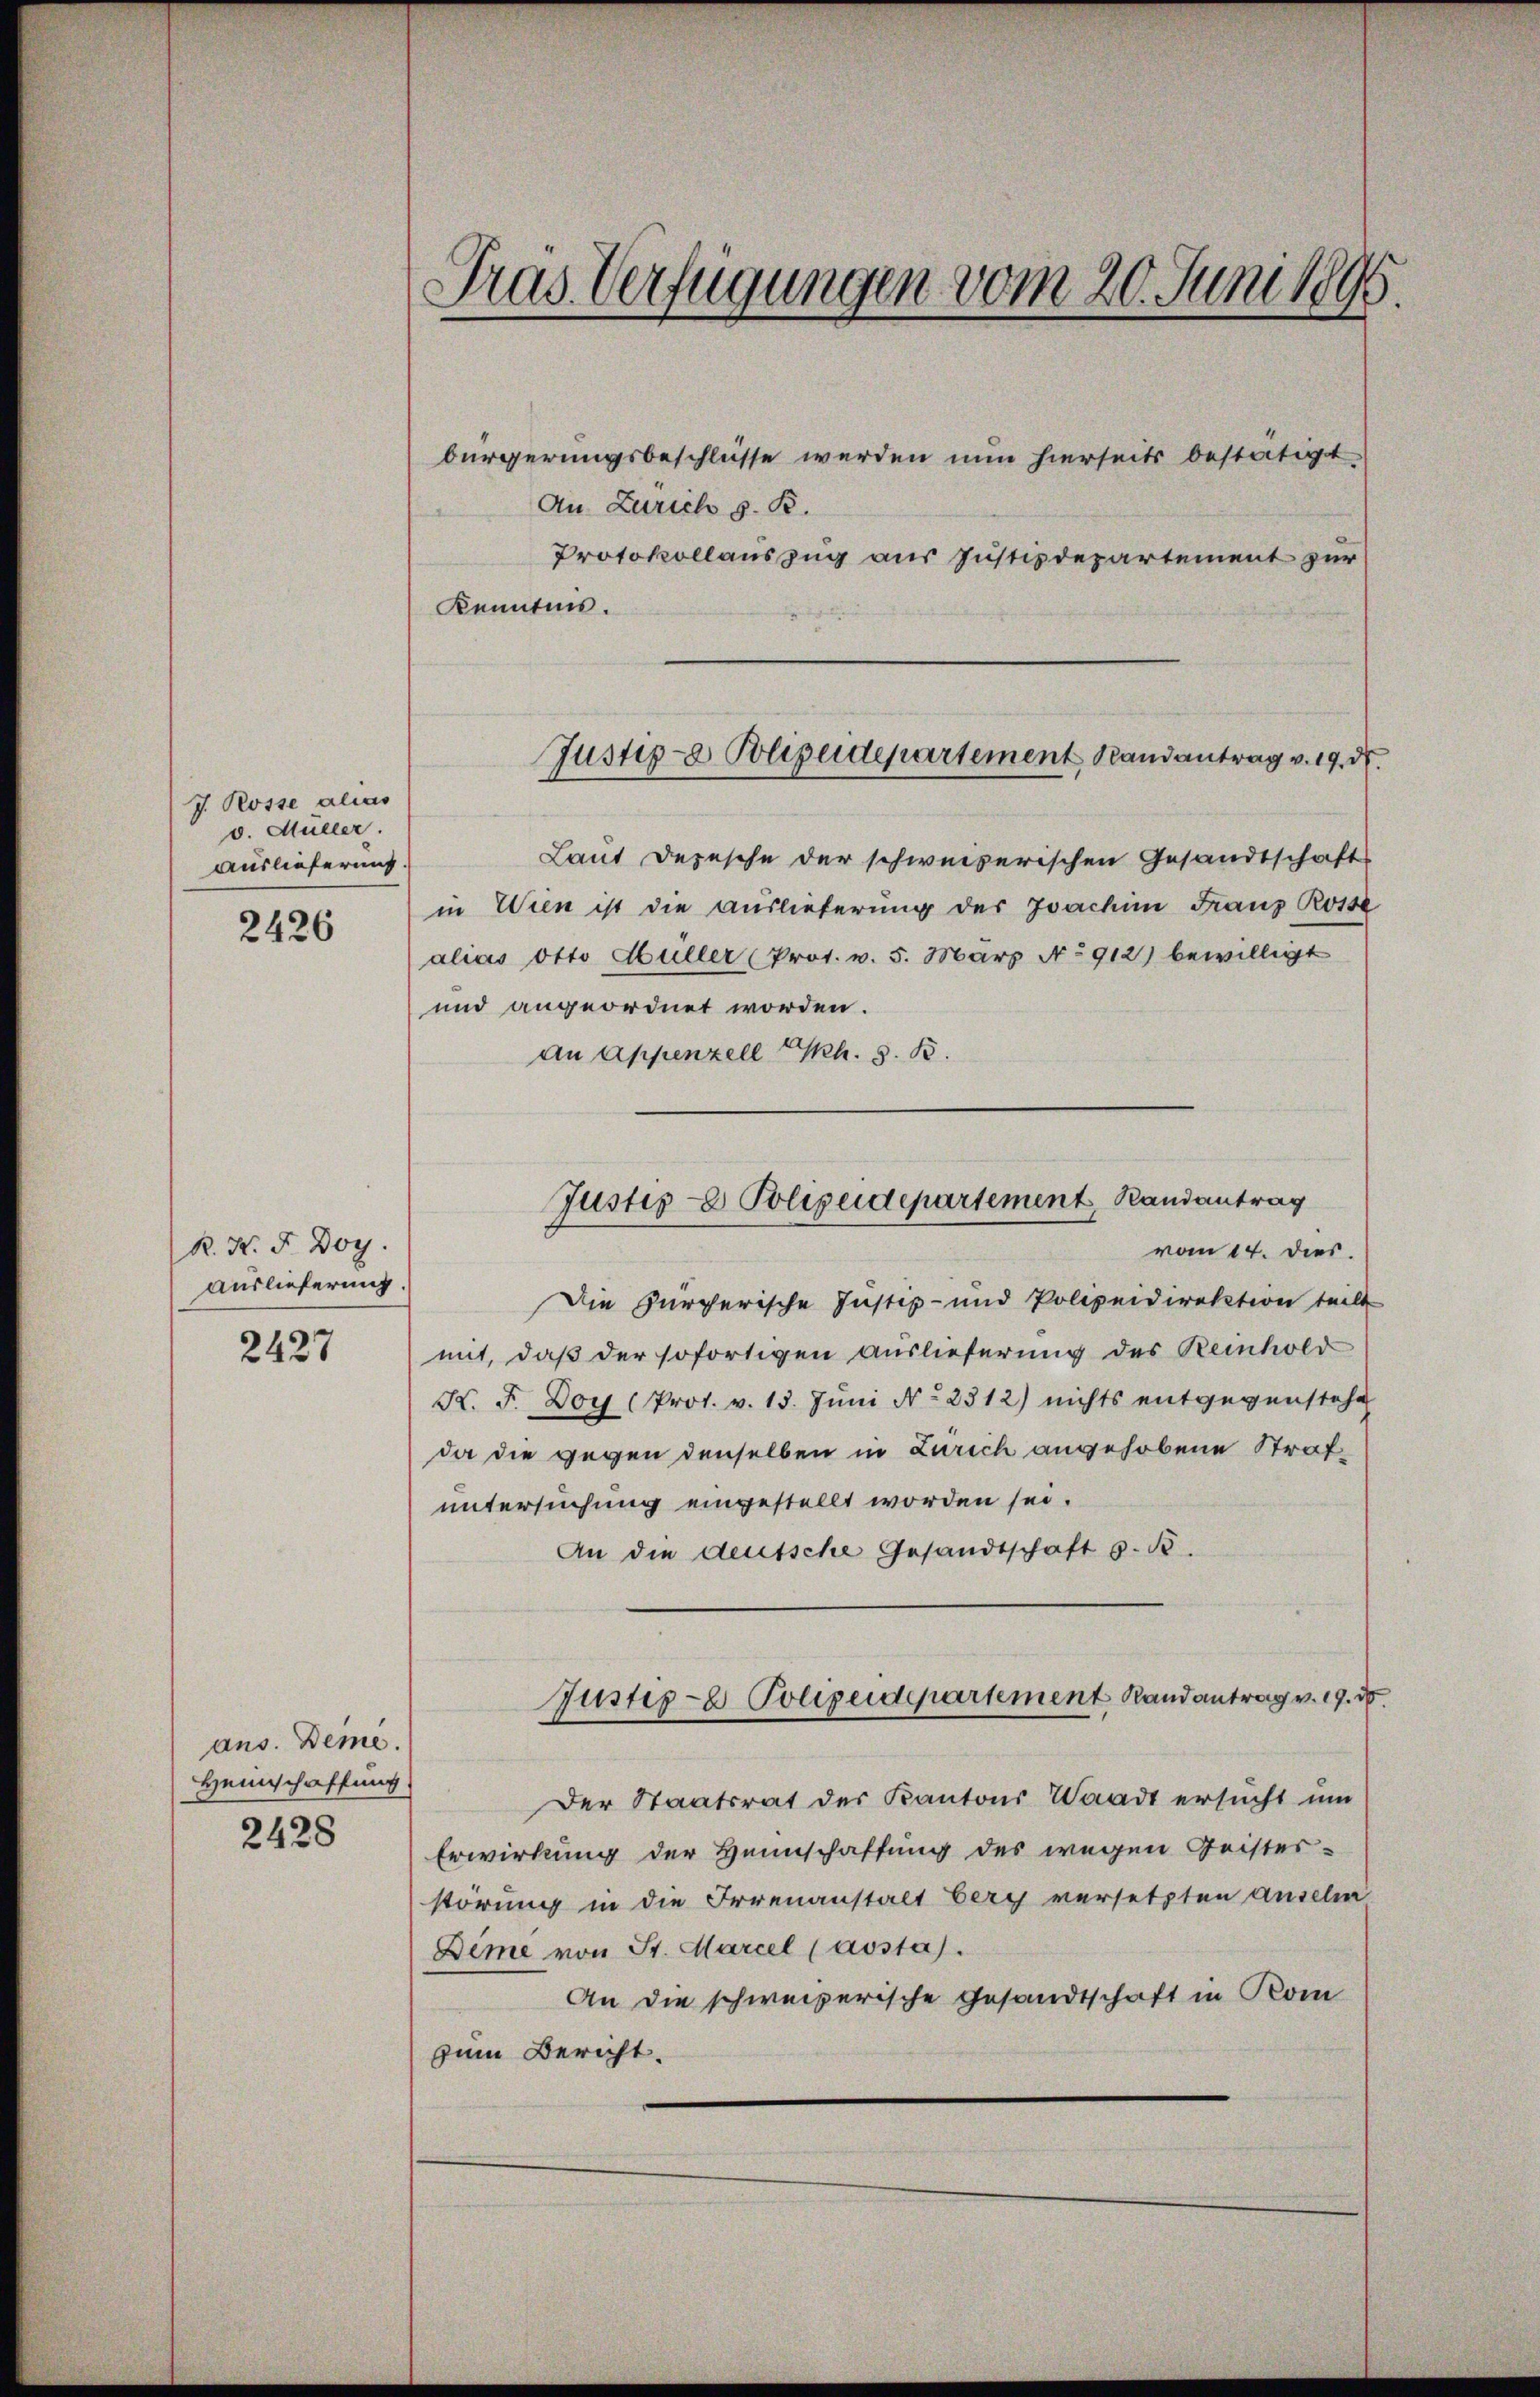
J. Rosse alias
v. Müller.
Auslieferung.

2426

R. N. F. Doy.
auslieferung.

2427

ans. Deme.
Heimschaffung

2428

Tras Verfügungen vom 20. Juni 1895.

bürgerungsbeschlüsse werden nun hierseits bestätigt
An Zürich z. B.
Protokollauszug aus Justizdepartement zur
Kenntnis.
Laut Depesche der schweizerischen Gesandtschafts
in Wien ist die Auslieferung des Joachin Franz Rosse
alias Otto Hüller (Prot. v. 5. März No 912) bewilligt
und angeordnet worden.
an Appenzell Ch. S. B.
vom 14. dies
Die zürcherische Justiz- und Polizeidirektion teilt
mit, daß der sofortigen Auslieferung des Reinhold
K. F. Boy (Prot. v. 13. Jŭni No 2312) nichts entgegenstehe
da die gegen denselben in Zürich angehobene Strafuntersuchung eingestellt worden sei.
An die deutsche Gesandtschaft s. B.
Justiz- & Polizeidepartement Randantrag v. 19. d
Der Staatsrat des Kantons Waadt ersucht um
Erwirkung der Heimschaffung des wegen Geister-
störung in die Irrenanstalt bery versetzten anselm
Deme von St. Marcel (aosta).
An die schweizerische Gesandtschaft in Kom
zum Bericht.

Justiz- & Polizeidepartement Randantrag v. 19. d

Justiz- & Polizeidepartement, Randantrag